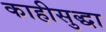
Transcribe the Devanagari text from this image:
काहीसुद्धा